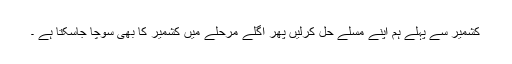
کشمیر سے پہلے ہم اپنے مسلے حل کرلیں پھر اگلے مرحلے میں کشمیر کا بھی سوچا جاسکتا ہے ۔